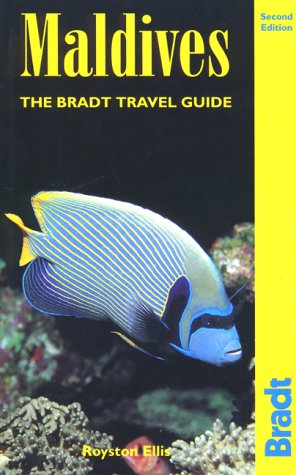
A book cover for Maldives, 2nd (Bradt Travel Guide Maldives); Royston Ellis; Travel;